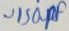
Text: ~150PF